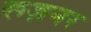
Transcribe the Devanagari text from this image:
रूज़नर